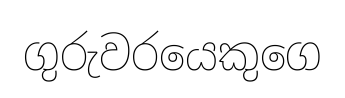
ගුරුවරයෙකුගෙ